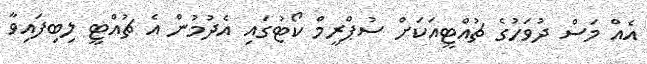
އެއް މަސް ދުވަހުގެ ޗުއްޓީއަކަށް ސުޕްރީމް ކޯޓުގައި އެދުމުން އެ ޗުއްޓީ ލިބިފައިވާ